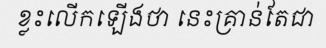
ខ្លះលើកឡើងថា នេះគ្រាន់តែជា